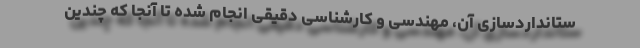
ستانداردسازی آن، مهندسی و کارشناسی دقیقی انجام شده تا آنجا که چندین